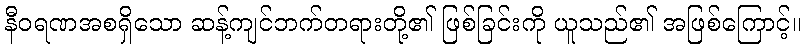
နီဝရဏအစရှိသော ဆန့်ကျင်ဘက်တရားတို့၏ ဖြစ်ခြင်းကို ယူသည်၏ အဖြစ်ကြောင့်။